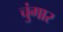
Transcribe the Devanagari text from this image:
चुंगार